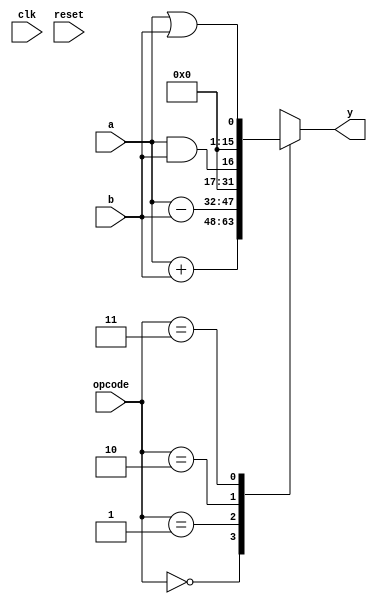
module alu_homework(output reg [15:0]y,
		     input [15:0]a,
		     input [15:0]b,
		     input [1:0]opcode,
		     input clk, reset);
		     
		     
 	always @(opcode) begin
 		case(opcode)
 			0: y = a+b;
 			1: y = a-b;
 			2: y = a&&b;
 			3: y = a||b;
 		endcase
 	end
endmodule